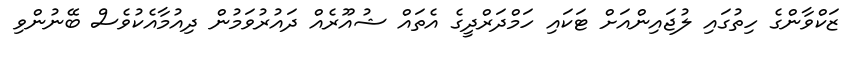
ޒަކްވާންގެ ހިތުގައި ލުޖައިންއަށް ޓަކައި ހަމްދަރްދީގެ އެތައް ޝުއޫރެއް ދައުރުވަމުން ދިއުމާއެކުވެސް ބޭނުންވި